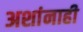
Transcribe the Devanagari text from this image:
अशांनाही